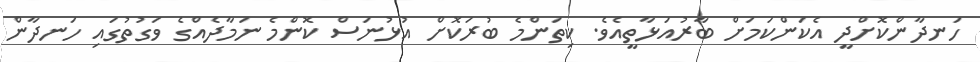
ހަނދާންކޮށްދީ އެކަންކަމަށް ބާރުއަޅާތީއެވެ. ކިތަންމެ ބުރަކޮށް އުޅުނަސް ކޮންމެ ނަމާދެއްގެ ވަގުތުގައި ހަނދާން